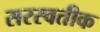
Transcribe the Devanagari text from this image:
सरस्वतीक